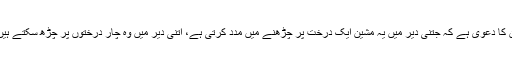
ان کا دعویٰ ہے کہ جتنی دیر میں یہ مشین ایک درخت پر چڑھنے میں مدد کرتی ہے، اتنی دیر میں وہ چار درختوں پر چڑھ سکتے ہیں۔